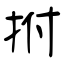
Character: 拊